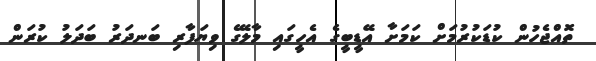
ތޮއްޖެހުން ކުޑަކުރުމަށް ކަމަށާ އޭޑީބީގެ އެހީގައި މާލޭގެ ވިޔަފާރި ބަނދަރު ބަދަލު ކުރަން